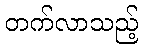
တက်လာသည့်